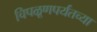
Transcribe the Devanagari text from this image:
चिपळूणपर्यंतच्या